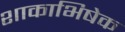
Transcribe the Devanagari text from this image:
शाकाभिषेक